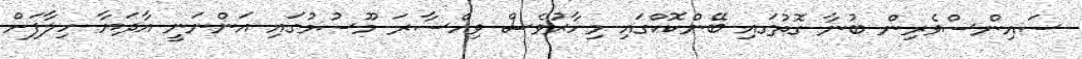
ސައިންސްވެރިން ބުނާ ގޮތުގައި ބޭންކޮކްގައި މިހާރުވެސް ވިއްސާރަ މޫސުމުގައި އަންނަނީ އާދަޔާ ހިލާފަށް